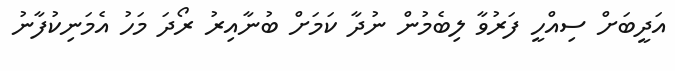
އަދީބަށް ސިއްހީ ފަރުވާ ލިބެމުން ނުދާ ކަމަށް ބުނާއިރު ރޯދަ މަހު އެމަނިކުފާނު